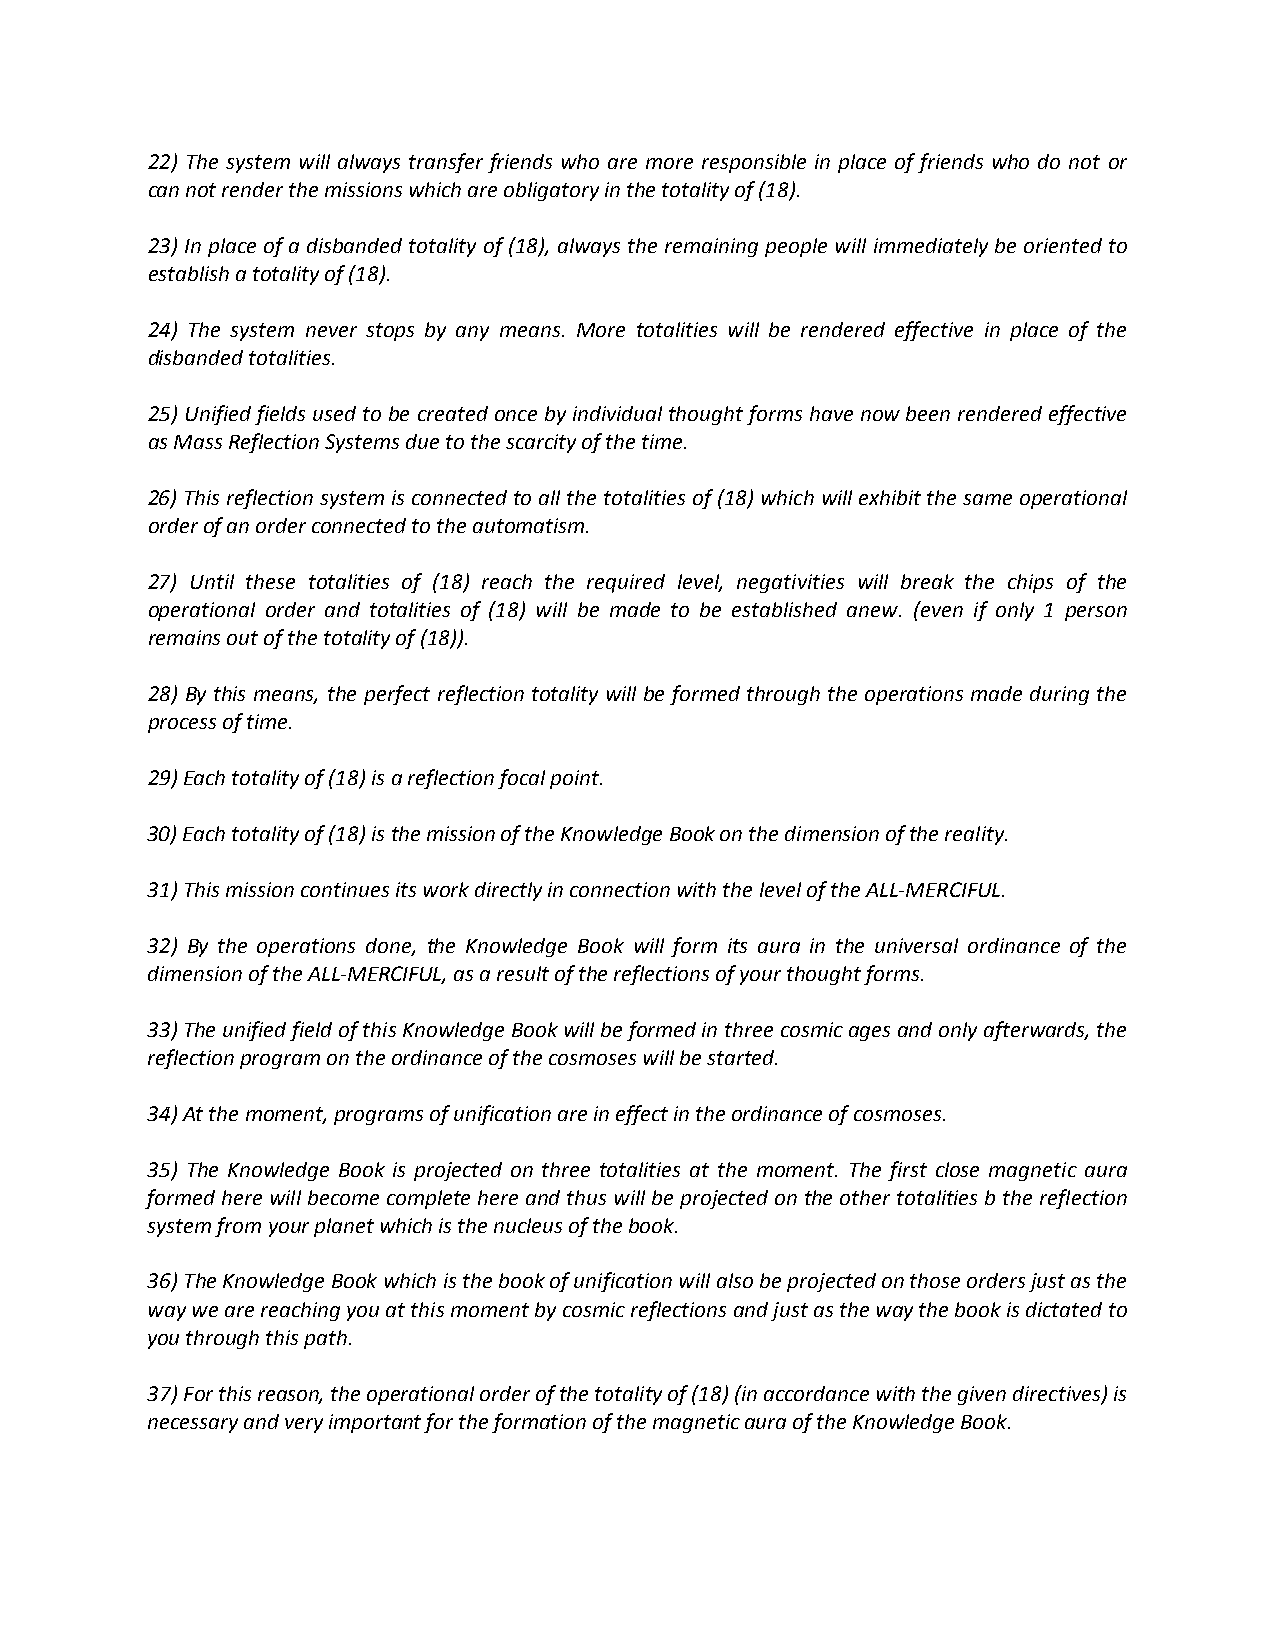
22) The system will always transfer friends who are more responsible in place of friends who do not or
 can not render the missions which are obligatory in the totality of (18).
 23) In place of a disbanded totality of (18), always the remaining people will immediately be oriented to
 establish a totality of (18).
 24) The system never stops by any means. More totalities will be rendered effective in place of the
 disbanded totalities.
 25) Unified fields used to be created once by individual thought forms have now been rendered effective
 as Mass Reflection Systems due to the scarcity of the time.
 26) This reflection system is connected to all the totalities of (18) which will exhibit the same operational
 order of an order connected to the automatism.
 27) Until these totalities of (18) reach the required level, negativities will break the chips of the
 operational order and totalities of (18) will be made to be established anew. (even if only 1 person
 remains out of the totality of (18)).
 28) By this means, the perfect reflection totality will be formed through the operations made during the
 process of time.
 29) Each totality of (18) is a reflection focal point.
 30) Each totality of (18) is the mission of the Knowledge Book on the dimension of the reality.
 31) This mission continues its work directly in connection with the level of the ALL-MERCIFUL.
 32) By the operations done, the Knowledge Book will form its aura in the universal ordinance of the
 dimension of the ALL-MERCIFUL, as a result of the reflections of your thought forms.
 33) The unified field of this Knowledge Book will be formed in three cosmic ages and only afterwards, the
 reflection program on the ordinance of the cosmoses will be started.
 34) At the moment, programs of unification are in effect in the ordinance of cosmoses.
 35) The Knowledge Book is projected on three totalities at the moment. The first close magnetic aura
 formed here will become complete here and thus will be projected on the other totalities b the reflection
 system from your planet which is the nucleus of the book.
 36) The Knowledge Book which is the book of unification will also be projected on those orders just as the
 way we are reaching you at this moment by cosmic reflections and just as the way the book is dictated to
 you through this path.
 37) For this reason, the operational order of the totality of (18) (in accordance with the given directives) is
 necessary and very important for the formation of the magnetic aura of the Knowledge Book.